画像に写った文字を読んでください
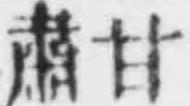
「肅甘」と書いてあります